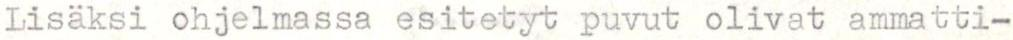
Lisäksi ohjelmassa esitetyt puvut olivat ammatti-